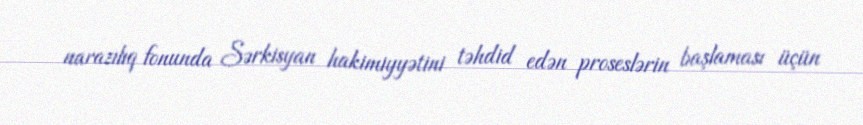
narazılıq fonunda Sərkisyan hakimiyyətini təhdid edən proseslərin başlaması üçün